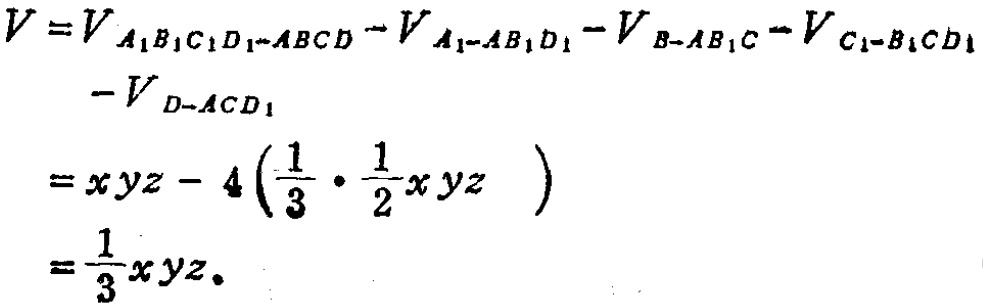
\[
\begin{align*}
V&=V_{A_{1}B_{1}C_{1}D_{1}-ABCD}-V_{A_{1}-AB_{1}D_{1}}-V_{B - AB_{1}C}-V_{C_{1}-B_{1}CD_{1}}\\
&\quad -V_{D-ACD_{1}}\\
&=xyz - 4\left(\frac{1}{3}\cdot\frac{1}{2}xyz\right)\\
&=\frac{1}{3}xyz.
\end{align*}
\]